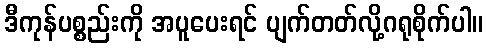
ဒီကုန်ပစ္စည်းကို အပူပေးရင် ပျက်တတ်လို့ဂရုစိုက်ပါ။